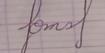
Signature authenticity: forged